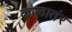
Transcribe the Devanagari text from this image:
कालातंर